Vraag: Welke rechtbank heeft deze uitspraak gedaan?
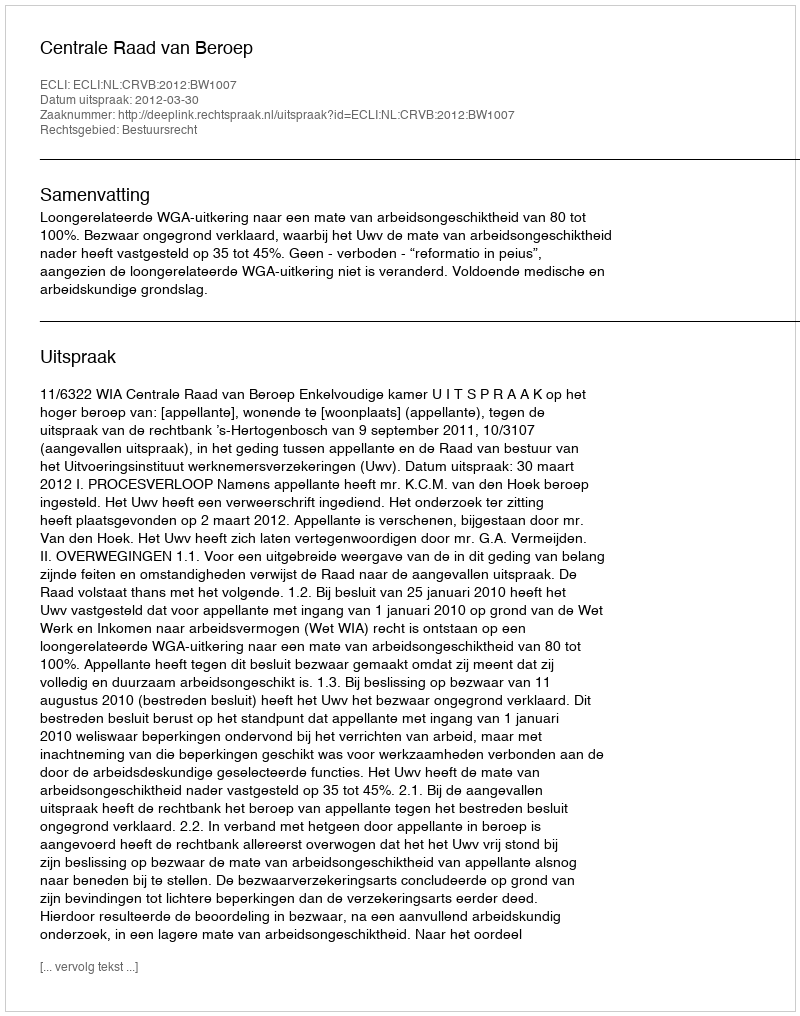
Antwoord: Centrale Raad van Beroep